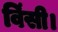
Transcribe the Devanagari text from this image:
विंसी।